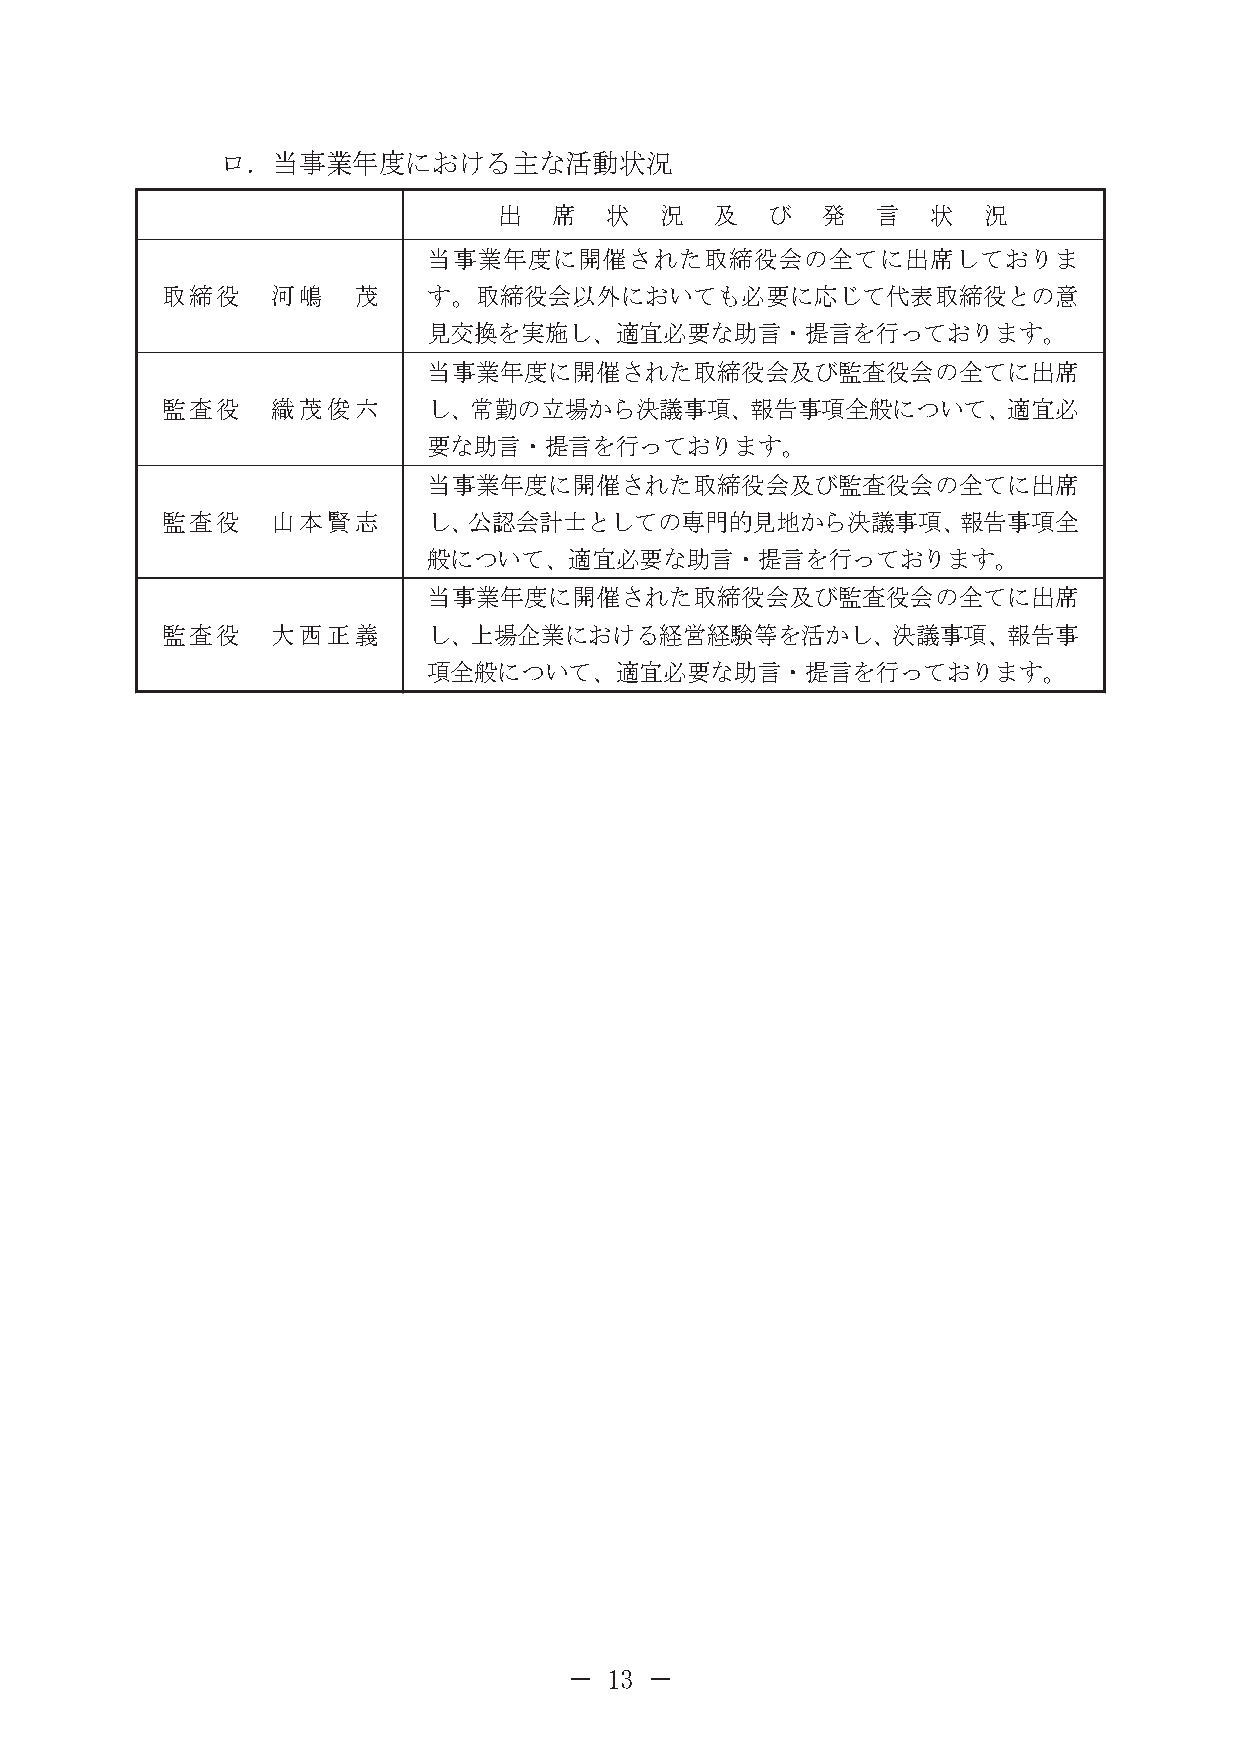
ロ．当事業年度における主な活動状況
 出   席  状   況  及   び  発   言   状  況
 当事業年度に開催された取締役会の全てに出席しておりま
 取締役    河嶋   茂    す。取締役会以外においても必要に応じて代表取締役との意
 見交換を実施し、適宜必要な助言・提言を行っております。
 当事業年度に開催された取締役会及び監査役会の全てに出席
 監査役    織茂俊六      し、常勤の立場から決議事項、報告事項全般について、適宜必
 要な助言・提言を行っております。
 当事業年度に開催された取締役会及び監査役会の全てに出席
 監査役    山本賢志      し、公認会計士としての専門的見地から決議事項、報告事項全
 般について、適宜必要な助言・提言を行っております。
 当事業年度に開催された取締役会及び監査役会の全てに出席
 監査役    大西正義      し、上場企業における経営経験等を活かし、決議事項、報告事
 項全般について、適宜必要な助言・提言を行っております。
 － 13 －